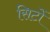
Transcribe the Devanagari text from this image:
सिटों